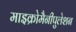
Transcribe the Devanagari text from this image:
माइक्रोमैनीपुलेशन